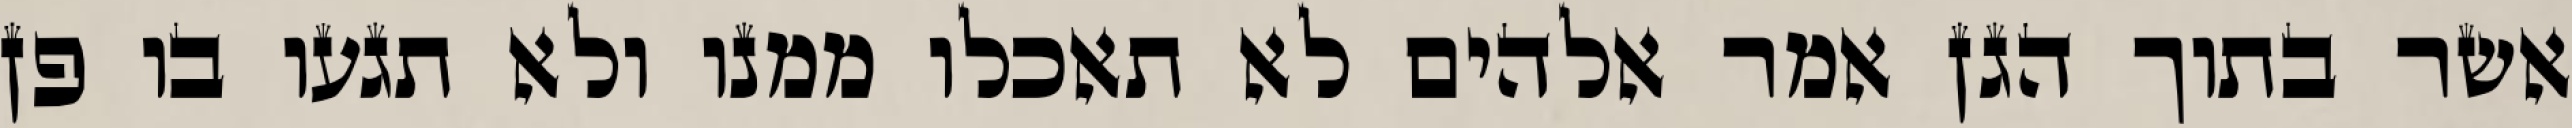
אשר בתוך הגן אמר אלהים לא תאכלו ממנו ולא תגעו בו פן